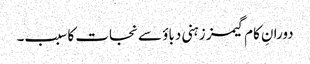
دورانِ کام گیمز زہنی دباؤ سے نجات کا سبب۔